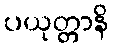
ပယုတ္တာနိ